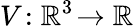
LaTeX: V\! :\mathbb{R}^{3}\! \rightarrow\mathbb{R}